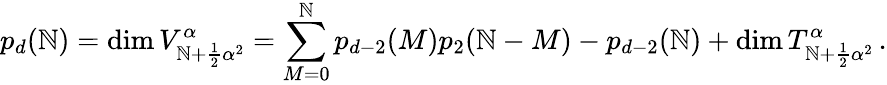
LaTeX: p_{d}(\mathbb{N})=\mathrm{{dim}}\, V_{\mathbb{N}+\frac{{1}}{{2}}{\alpha}^{2}}^{\alpha}=\sum_{M=0}^{\mathbb{N}}p_{d-2}(M)p_{2}(\mathbb{N}-M)-p_{d-2}(\mathbb{N})+\mathrm{{dim}}\, T_{\mathbb{N}+\frac{{1}}{{2}}{\alpha}^{2}}^{\alpha}\, .